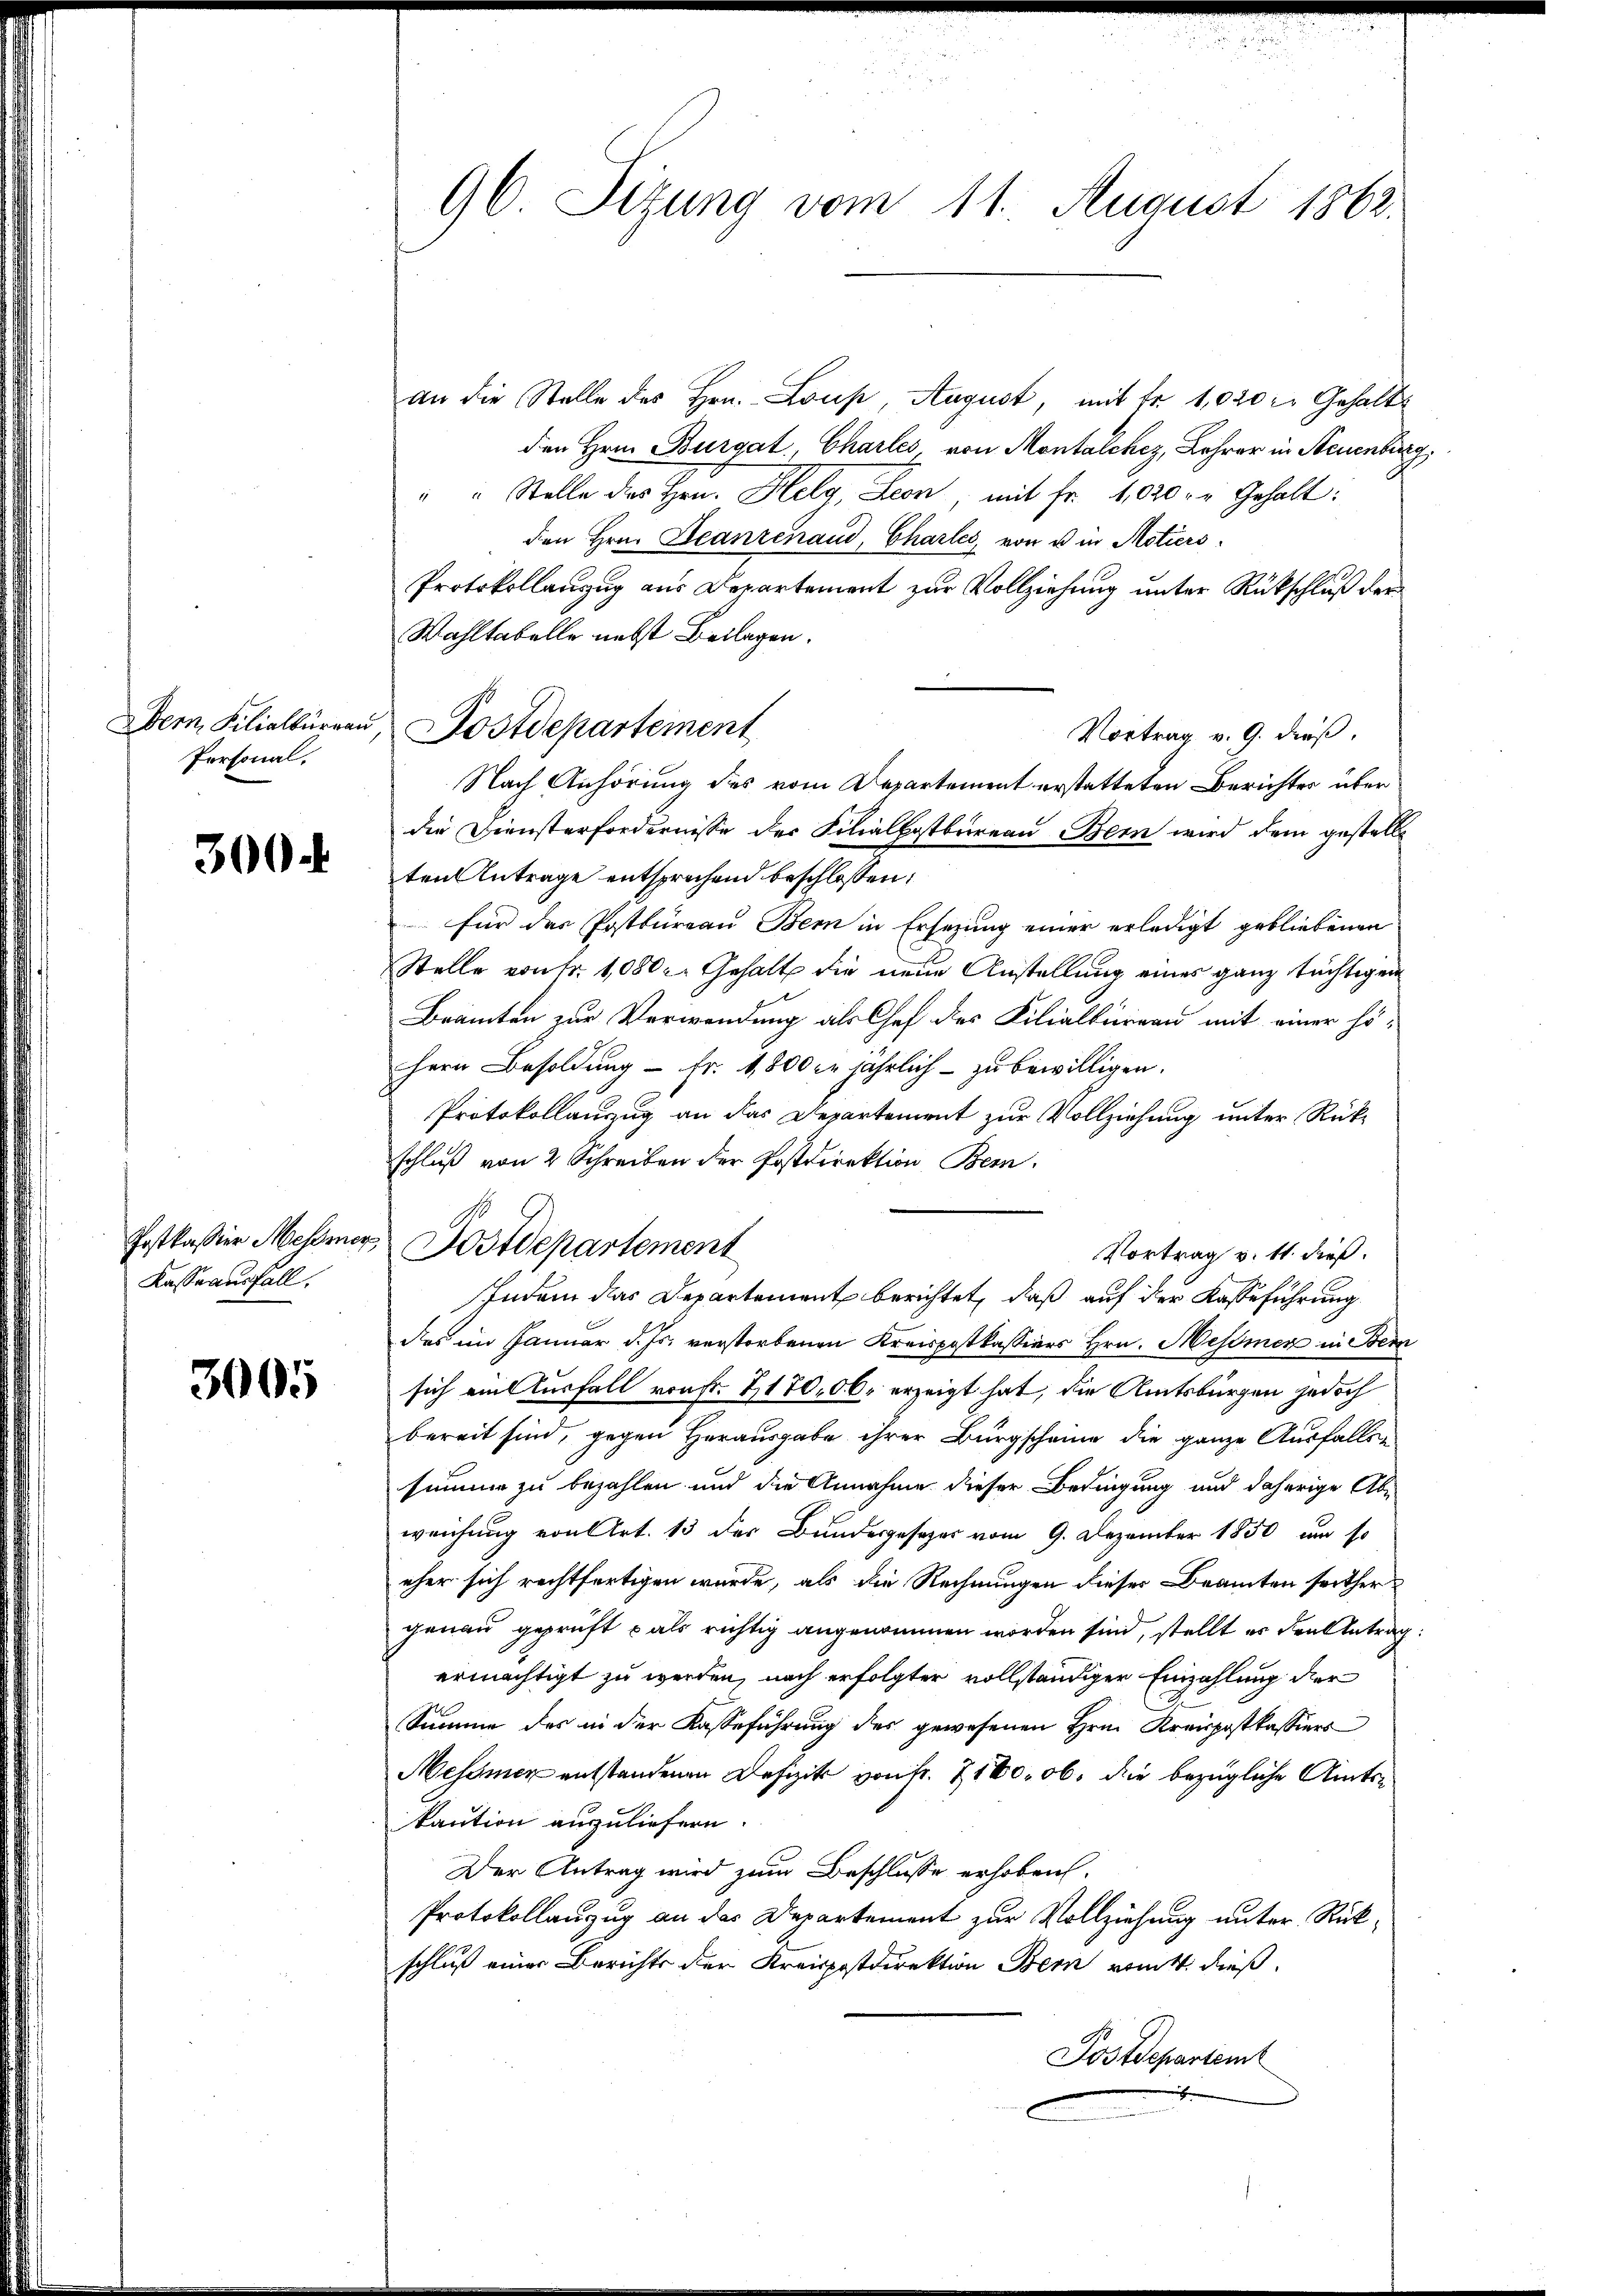
Dern, Filialkurrau
Personal.

300

Postkassier Meßmer
Kasse ausfall.

3005

96 Sitzung vom 11. August 1862.

an die Stelle des Hrn. Loup, August, mit fr. 1,020 l. Gehalt
den Hrn. Burgat, Charles von Montalchez, Lehrer in Steuenburg,
" Stelle der Hrn. Helg, Leon mit Fr. 4000. r. Gehalt:
den Hrn. Beanzenaud, Charler, von u in Motiers
Protokollanzug aus Departement zur Vollziehung unter Rückschluß der
Wahltabelle nebst Beilagen.
Vortrag v. 9. dieß,
Nach Anhörung des vom Departement erstatteten Berichtes über
die Diensterfordernisse der Filialkostbureau Bern wird dem gestellt
ten Antrage entsprechend beschlossen:
für das Postbureau Bern in Ersezung einer erledigt gebliebenen
Stelle von Fr. 1080. Gehalt die neue Anstellung eines ganz tüchtigen
Bramten zur Verwendung als Chef des Filialbüreau mit einer höhern Besoldung - Fr. 1,800 l. jährlich - zu bewilligen.
Protokollauszug an das Departement zur Vollziehung unter Rückschluß von 2 Schreiben der Postdirektion Bern
Postdepartement
Vortrag v. 11. dieß.
Indem das Departement berichtet, daß auf der Kasse führung
das im Januar d. Js. verstorbenen Kreispostkassiers Hrn. Messmen in Bern
sich eine Ausfall von Fr. 2170, 00. erzeigt hat, die Amtsbürgen jedoch
bereit sind, gegen Herausgabe ihrer Bürgscheine die ganze Ausfalls-
summe zu bezahlen und die Annahme dieser Bedingung und daherige Abiweichung von Art. 13 des Bundesgesezes vom 9. Dezember 1850 um so
eher sich rechtfertigen wurde, als die Rechnungen dieser Beamten forther
genau geprüft als richtig angenommen worden sind, stellt er den Antrag:
ermächtigt zu werden, nach erfolgter vollständiger Einzahlung der
Summe des in der Kasseführung des gewesenen Hrn. Kreispostkassions
Messner entstandenen Defizit von fr. 7160, ob die bezügliche Amtskaution auszuliefern.
Der Antrag wird zum Beschlusse erhoben.
Protokollanzug an das Departement zur Vollziehung unter Rückschluß einer Berichts der Kreispostdirektion Bern remit dieß.
Postdepartemt
e

Postdepartement